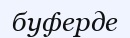
буферде